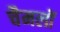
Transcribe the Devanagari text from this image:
चैमलों